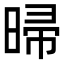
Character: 㫶